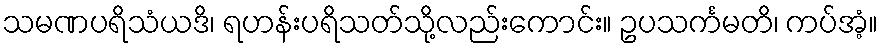
သမဏပရိသံယဒိ၊ ရဟန်းပရိသတ်သို့လည်းကောင်း။ ဥပသင်္ကမတိ၊ ကပ်အံ့။